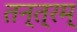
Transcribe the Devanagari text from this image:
तन्त्रम्